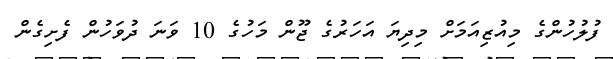
ފުލުހުންގެ މިއުޒިއަމަށް މިދިޔަ އަހަރުގެ ޖޫން މަހުގެ 10 ވަނަ ދުވަހުން ފެށިގެން